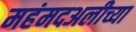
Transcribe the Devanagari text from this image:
महंमदअलीच्या